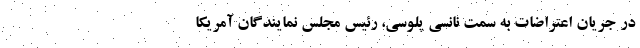
در جریان اعتراضات به سمت نانسی پلوسی، رئیس مجلس نمایندگان آمریکا